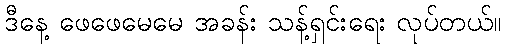
ဒီနေ့ ဖေဖေမေမေ အခန်း သန့်ရှင်းရေး လုပ်တယ်။